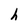
Character: h